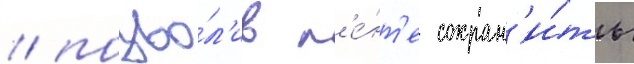
/ позво́л'ив л'е́нт'е сохран'и́ть